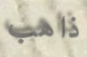
ذاهب